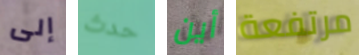
إلى حدث أين مرتفعة